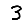
Digit: 3